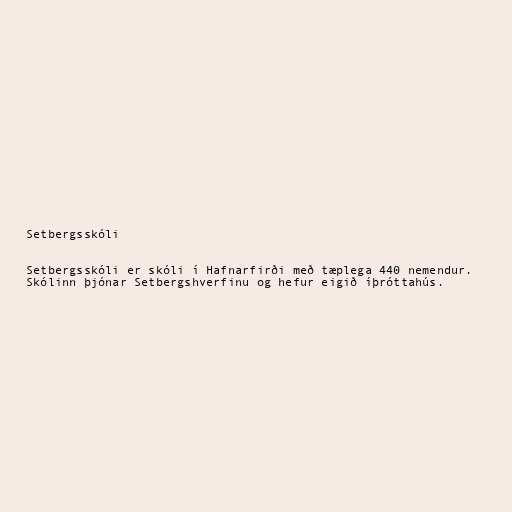
Setbergsskóli

Setbergsskóli er skóli í Hafnarfirði með tæplega 440 nemendur.
Skólinn þjónar Setbergshverfinu og hefur eigið íþróttahús.